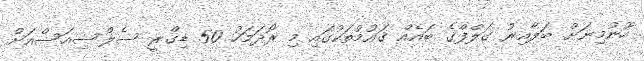
ހޫނުމިނަށް ބަލާއިރު ގަލްފްގެ ބައެއް ޤައުމުތަކުގައި މި ރޯދަމަހު 50 ޑިގްރީ ސެލްސިއަސްއަށް